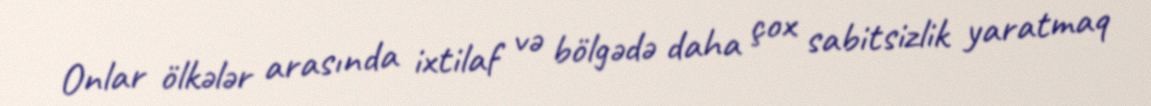
Onlar ölkələr arasında ixtilaf və bölgədə daha çox sabitsizlik yaratmaq